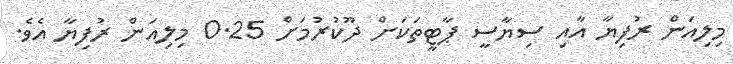
މިލިއަން ރުފިޔާ އާއި ސިޔާސީ ޕާޓީތަކަށް ދޫކުރުމަށް 0.25 މިލިއަން ރުފިޔާ އެވެ.